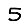
Digit: 5